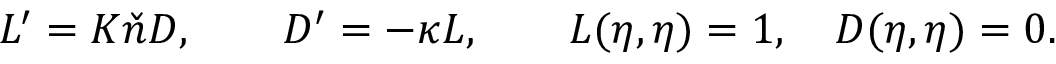
{ \cal L } ^ { \prime } = K \check { n } { \cal D } , \qquad { \cal D } ^ { \prime } = - \kappa { \cal L } , \qquad { \cal L } ( \eta , \eta ) = 1 , \quad { \cal D } ( \eta , \eta ) = 0 .